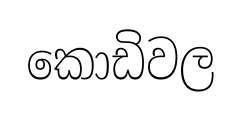
කොඩිවල